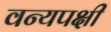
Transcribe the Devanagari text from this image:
वन्यपक्षी